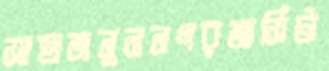
সাহাজনুননগরজার্সিটা